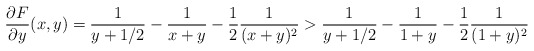
\begin{align*}\frac{\partial F}{\partial y}(x,y) = \frac{1}{y+1/2} - \frac{1}{x+y} - \frac{1}{2}\frac{1}{(x+y)^2} > \frac{1}{y+1/2} - \frac{1}{1+y} - \frac{1}{2}\frac{1}{(1+y)^2}\end{align*}